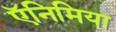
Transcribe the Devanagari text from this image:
ऍनिमिया